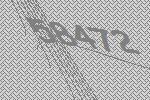
58472